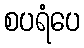
စပရံပေ